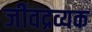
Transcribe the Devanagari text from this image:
जीवद्रव्यक